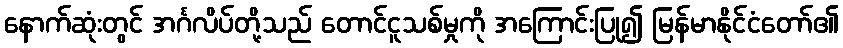
နောက်ဆုံးတွင် အင်္ဂလိပ်တို့သည် တောင်ငူသစ်မှုကို အကြောင်းပြု၍ မြန်မာနိုင်ငံတော်၏